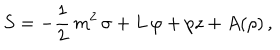
LaTeX: S = - { \frac { 1 } { 2 } } \, { { m ^ { 2 } } \, \sigma } + L \, \varphi + p z + A ( \rho ) \, ,